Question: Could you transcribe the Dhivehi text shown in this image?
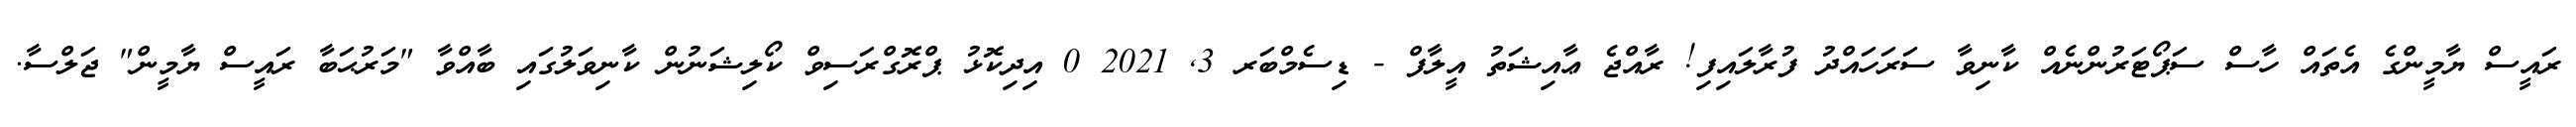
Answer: ރައީސް ޔާމީންގެ އެތައް ހާސް ސަޕޯޓަރުންނެއް ކާނިވާ ސަރަހައްދު ފުރާލައިފި! ރާއްޖެ ޢާއިޝަތު އީލާފް - ޑިސެމްބަރ 3, 2021 0 އިދިކޮޅު ޕްރޮގްރަސިވް ކޯލިޝަނުން ކާނިވަލުގައި ބާއްވާ "މަރުޙަބާ ރައީސް ޔާމީން" ޖަލްސާ.